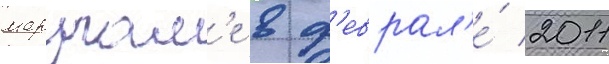
маругам'е в ф'еврал'е́ 2011